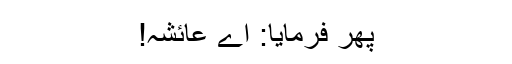
پھر فرمایا: اے عائشہ!